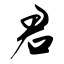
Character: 君